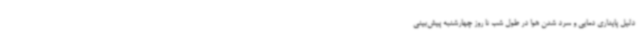
دلیل پایداری دمایی و سرد شدن هوا در طول شب تا روز چهارشنبه پیش‌بینی